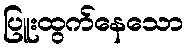
ပြူးထွက်နေသော